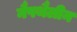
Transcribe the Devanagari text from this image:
नैफ्थैलीन